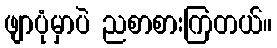
ဖျာပုံမှာပဲ ညစာစားကြတယ်။